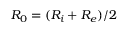
R _ { 0 } = ( R _ { i } + R _ { e } ) / 2